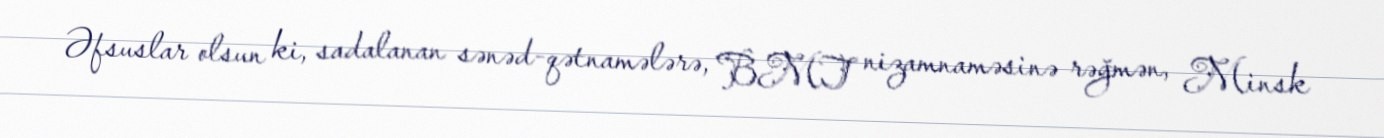
Əfsuslar olsun ki, sadalanan sənəd-qətnamələrə, BMT nizamnaməsinə rəğmən, Minsk